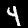
Digit: 4